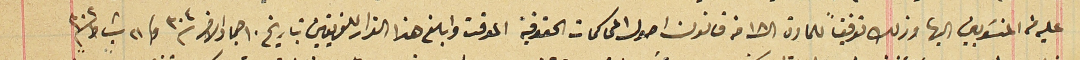
عليه من المنسَوبين اليها وذلك توفيقاً للمادة ال ١٨ من قانون اصول المحاكمات الحقوقية الموقت وابلغ هذا القرار للفريقين بتاريخ ١٠ جماد الاخر ٣٠٤ وفى ٢١ شباط ٣٠٢